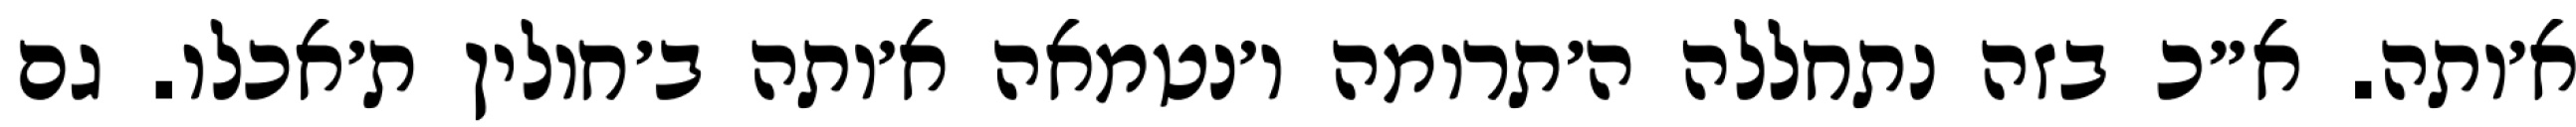
א׳ותה. א״כ בזה נתחללה ה׳תרומה ו׳נטמאה א׳ותה ב׳חולין ת׳אכלו. גם